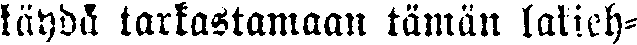
käydä tarkastamaan tämän lakieh-